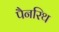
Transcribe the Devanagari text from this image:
पैनरिथ